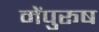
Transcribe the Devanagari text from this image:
मेंपुरूष